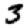
Digit: 3